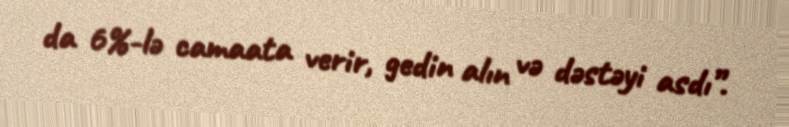
da 6%-lə camaata verir, gedin alın və dəstəyi asdı”.